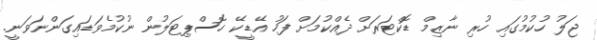
ޖަލު ހުކުމުގައި ހުރި ނާޒިމް ޑޮކްޓަރަށް ދެއްކުމަށް ފަހު އޭޑީކޭ ހޮސްޕިޓަލުން ނުކުމެވަޑައިގަންނަވަނީ.